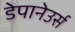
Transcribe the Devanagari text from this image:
डेपानेउर्स